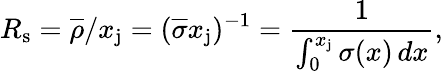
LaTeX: R_{\mathrm{s}}={\overline{{\rho}}}/x_{\mathrm{j}}=({\overline{{\sigma}}}x_{\mathrm{j}})^{-1}={\frac{1}{\int_{0}^{x_{\mathrm{j}}}\sigma(x)\, dx}},